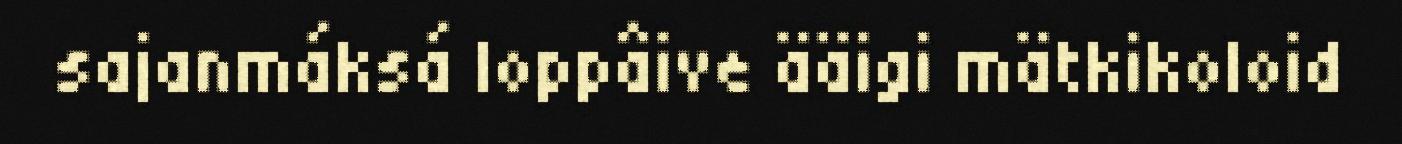
sajanmáksá loppâive ääigi mätkikoloid